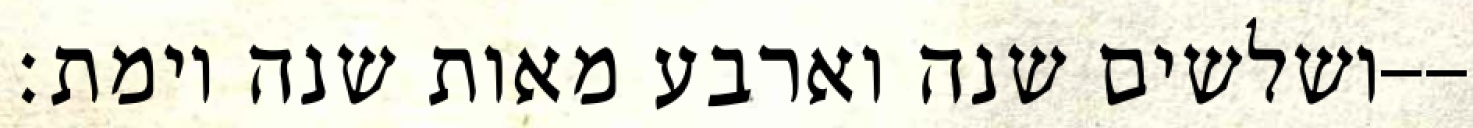
ושלשים שנה וארבע מאות שנה וימת׃--